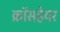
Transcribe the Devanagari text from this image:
क्रॉसहेयर